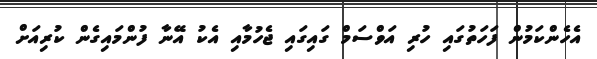
އެހެންކަމުން ފަހަތުގައި ހުރި އަވްސަމް ގައިގައި ޖެހުމާއި އެކު އޭނާ ފުންމައިގެން ކުރިއަށް